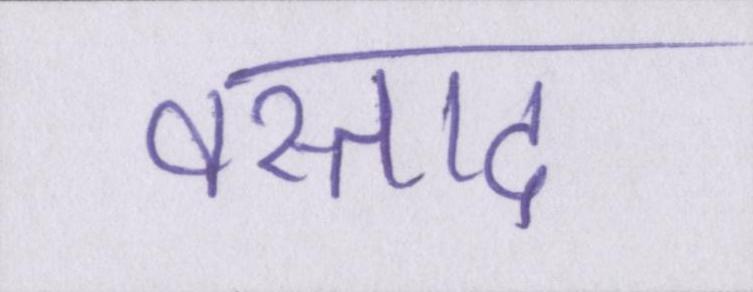
वस्ताद